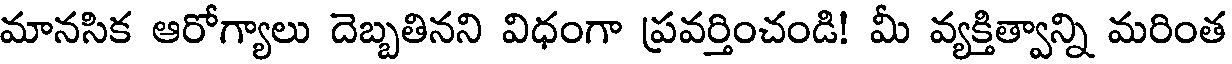
మానసిక ఆరోగ్యాలు దెబ్బతినని విధంగా ప్రవర్తించండి! మీ వ్యక్తిత్వాన్ని మరింత